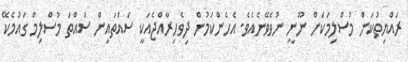
ރައްޔިތުކަން މުސްލިމަކަށް ނޫނީ ނުވެވޭނެއެވެ. އެހެންކަމުން ދިވެހިރާއްޖެއަކީ ސައްތައިން ސައްތަ މުސްލިމް ގައުމެކޭ